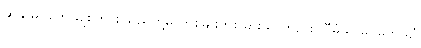
ဆန္ဒာဓိပတေယျစိတ် စသည်တို့မှ တစ်မျိုးတစ်ခြားသာတည်း။ ဝီမံသာဓိပတေယျံ၊